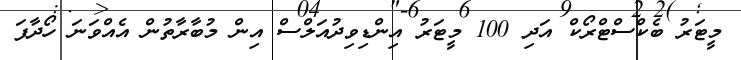
މީޓަރު ބެކްސްޓްރޯކް އަދި 100 މީޓަރު އިންޑިވިދުއަލްސް އިން މުބާރާތުން އެއްވަނަ ހޯދާފަ